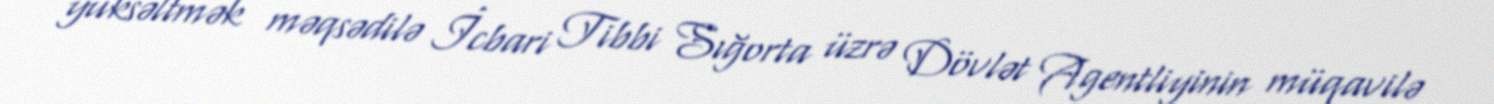
yüksəltmək məqsədilə İcbari Tibbi Sığorta üzrə Dövlət Agentliyinin müqavilə